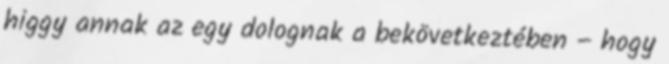
higgy annak az egy dolognak a bekövetkeztében – hogy